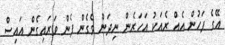
އޭގެ ފަހުން އެއް ރެއަކު އަހަރެން ނިދަން ވެގެން ފެން ވަރައިގެން އައިސް